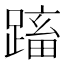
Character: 𨃕